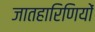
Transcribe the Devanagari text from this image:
जातहारिणियों